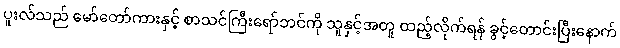
ပူးလ်သည် မော်တော်ကားနှင့် စာသင်ကြီးရော်ဘင်ကို သူနှင့်အတူ ထည့်လိုက်ရန် ခွင့်တောင်းပြီးနောက်